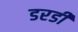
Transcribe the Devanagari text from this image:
डरडी